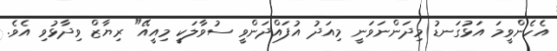
އެހެންވީމަ އަޅުގަނޑު މިދަންނަވަނީ މިއަދު އުފައްދަންވީ ސުވާލަކީ މިއީއޭ" ރިޔާޒް ވިދާޅުވި އެވެ.